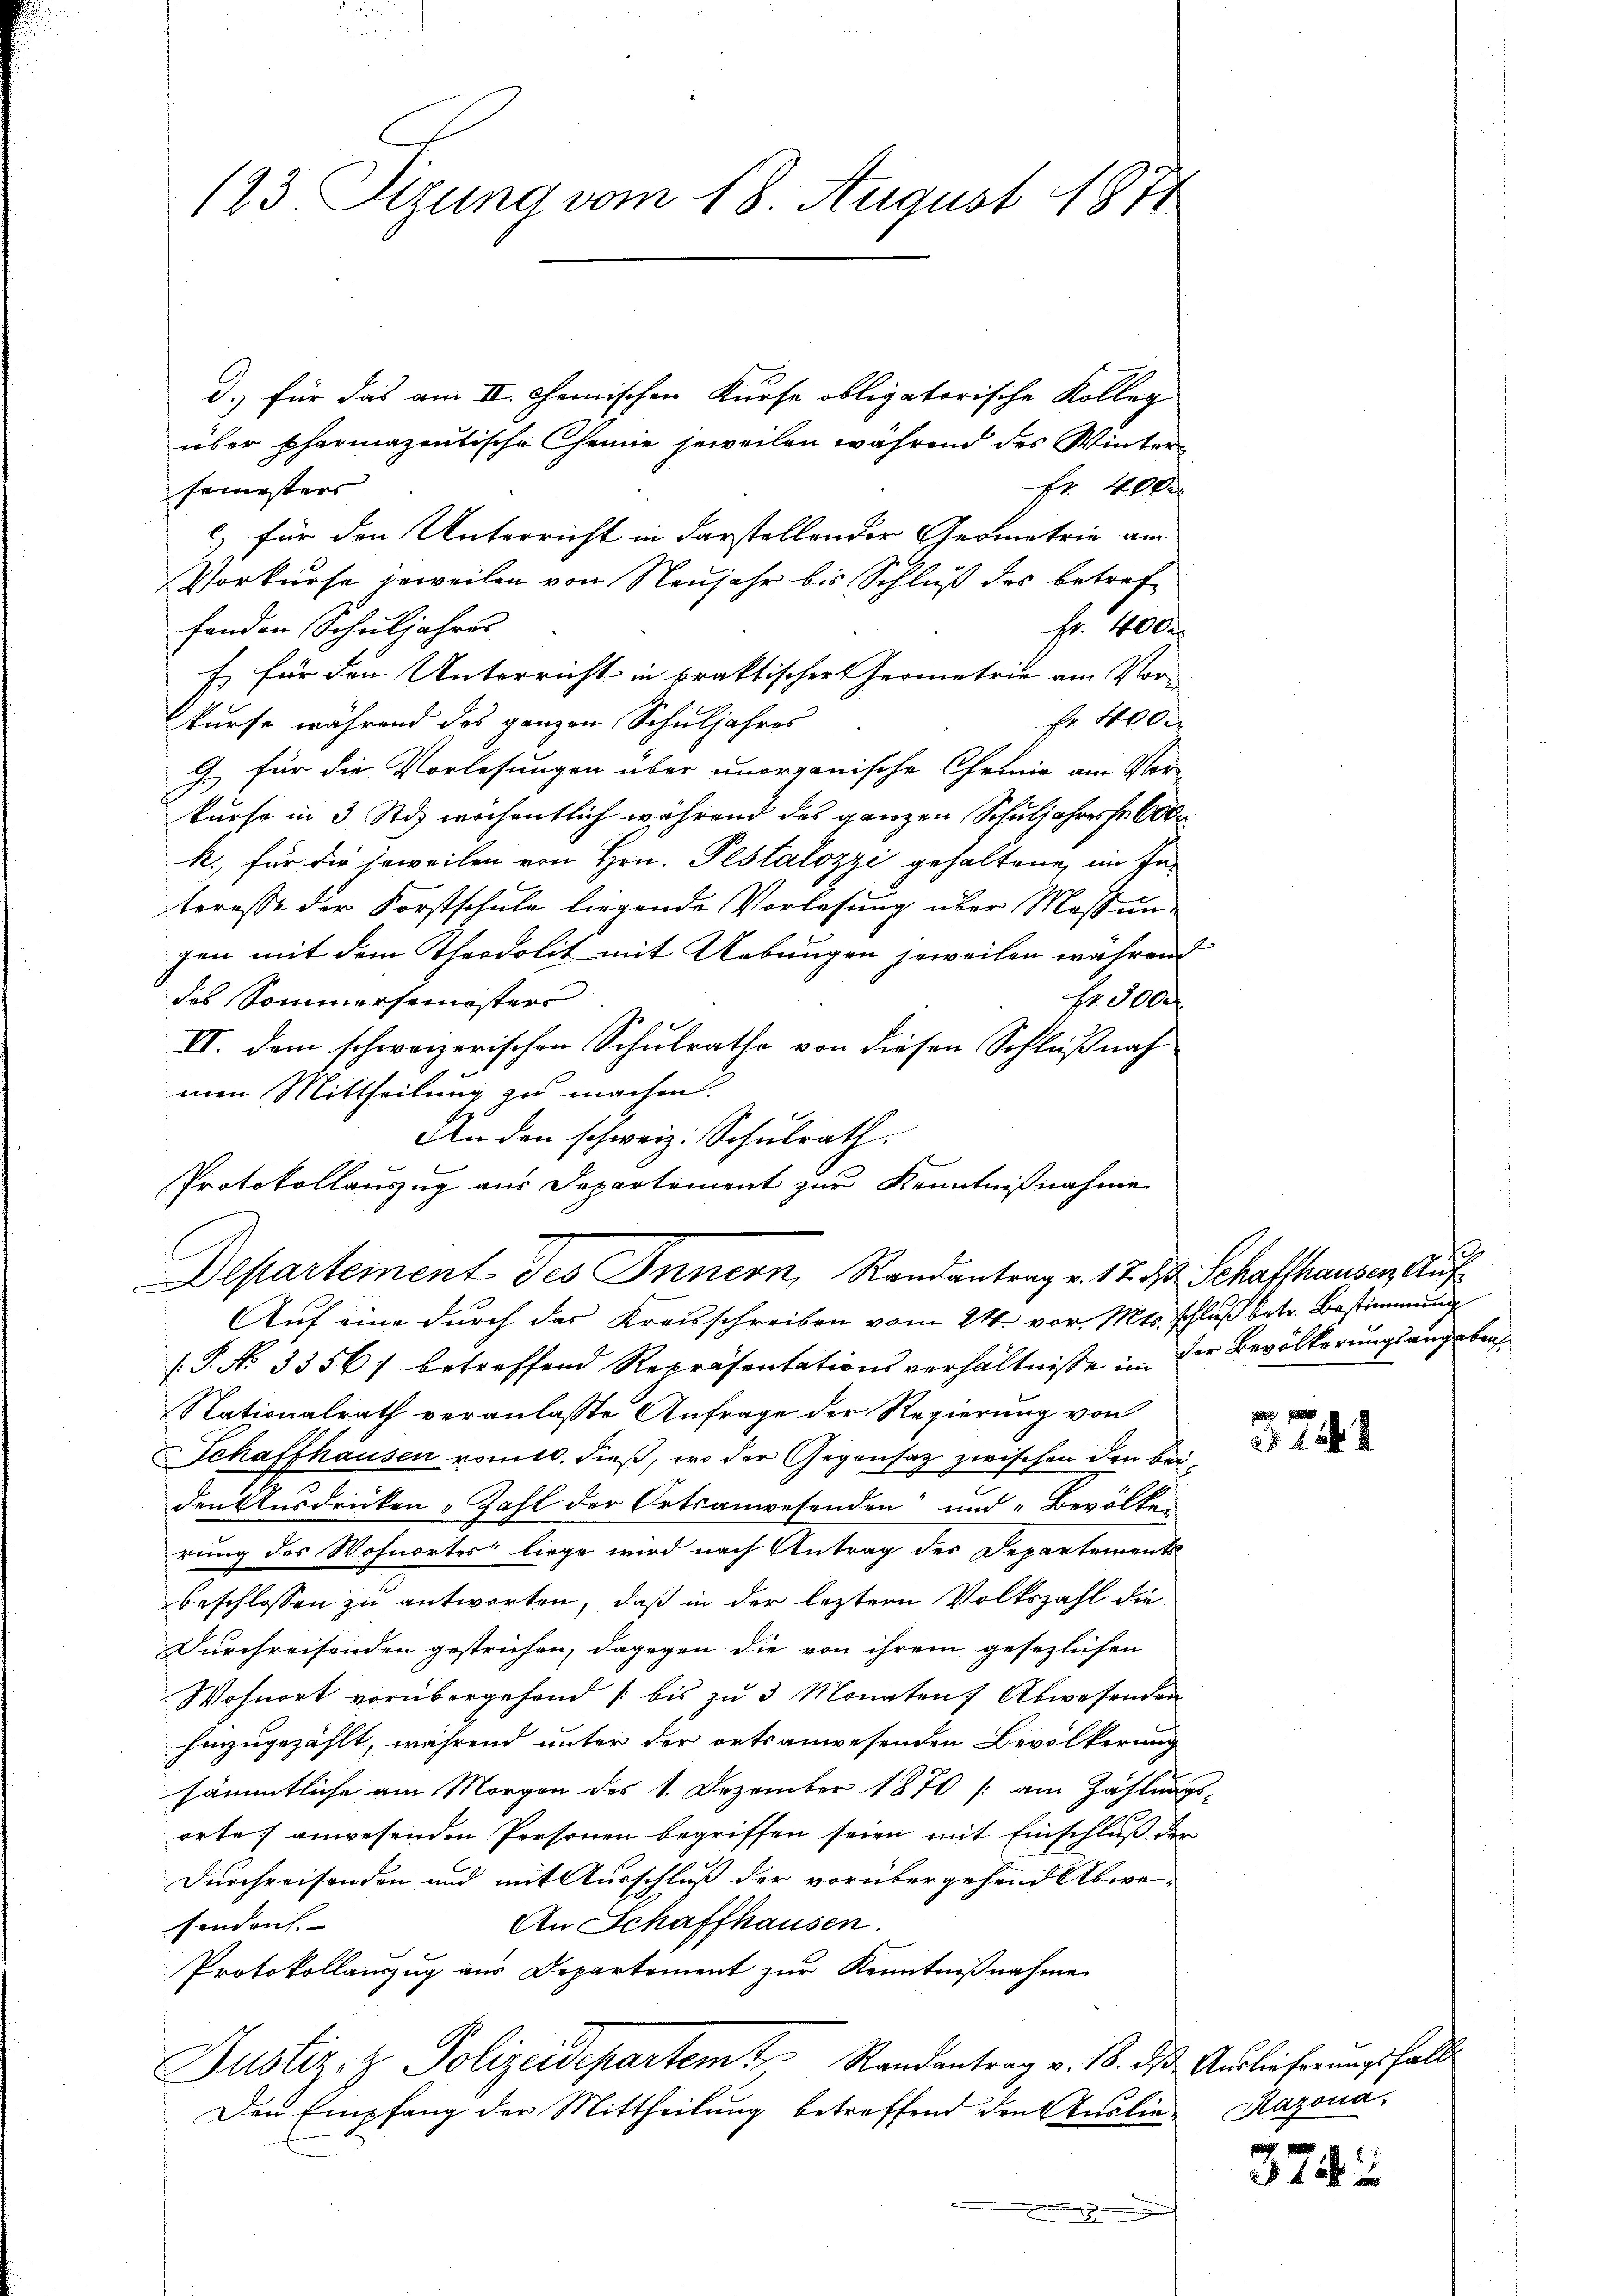
123. Sizung vom 18. August 1871

d.) für das am II. Chemischen Kurse obligatorische Kolleg
über pharmazentische Chemie jeweilen während des Winter¬
Fr. 400 x
semesters
c.) für den Unterricht in darstellender Geometrie am
Psorkurse jeweilen von Neujahr bis Schluß des betreffenden Schuljahres
Hr. Her
Es für den Unterricht in praktischer Hermetrie am Vor-
fr. 400
kurse während das ganzen Schuljahres
G. für die Vorlesungen über unorganische Chemie am Vor-
kurse in 3 Std. wöchentlich während des ganzen Schuljahresse 600
k., für die jeweilen von Hrn. Pestalozzi gehaltene im Interesse der Forstschule liegende Vorlesung über Massengen mit dem Theodolit mit Uebungen jeweilen während
des Sommersemesters
fr. 3000
VI. dem schweizerischen Schulrathe von diesen Schlußnah
men Mittheilung zu machen.
An den schweiz. Schulrath.
Protokollauszug aus Departement zur Kenntnißnahme
Auf eine durch das Kreisschreiben vom 24. vor. Mts. schluß betr. Bestimmung
/. P. No 35567 betreffend Repräsentationsverhältnisse in der Bevölkerungsangebens¬
Nationalrath veranlasste Anfrage der Regierung von
Schaffhausen vom 10. dieß, wo der Gegensatz zwischen den beiden Ausdrücken Zahl der Ortsanwesenden und Bevölker
rung des Wohnortes liege wird nach Antrag des Departements
beschlossen zu antworten, daß in der leztere Volkszahl die
Durchreisenden gestrichen, dagegen die von ihrem gesezlichen
Wohnort vorübergehend bis zu 3 Monaten Abwesenden
hinzugezählt, während unter der ortsanwesenden Bevölkerung
sämmtliche am Morgen des 1. Dezember 1870 (am Zählungs-
orte) anwesenden Personen begriffen seien mit Einschluß der
Durchreisenden und mit Ausschluß der vorübergehend Abwe¬
An Schaffhausen.
finden.
Protokollauszug aus Departement zur Kenntnißnahme
Justiz- & Polizeidepartemt, Randantrag v. 18. ds Auslieferungsfall
Den Empfang der Mittheilung betreffend den Auslie- Razona,
.

Departement des Innern, Randantrag v. 17. d. Schaffhausen Auf

374. 4

3742